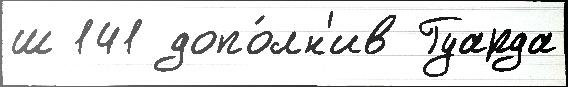
ш 141 допо́лн'ив Гуарда